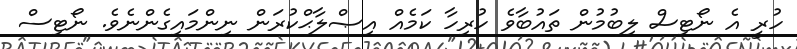
ހުރީ އެ ނޯޓިސް ލިބުމުން ތައުބާވެ ހުރިހާ ކަމެއް އިޞްލާޙްކުރަން ނިންމައިގެންނެވެ. ނޯޓިސް